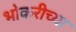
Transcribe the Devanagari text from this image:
भोकरीच्या